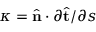
\kappa = \hat { \bf { n } } \cdot { \partial \hat { \bf { t } } } / { \partial s }